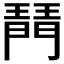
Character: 𤩟